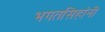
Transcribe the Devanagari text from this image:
भगतसिहांनी